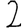
Digit: 2